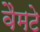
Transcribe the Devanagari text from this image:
वैमटे